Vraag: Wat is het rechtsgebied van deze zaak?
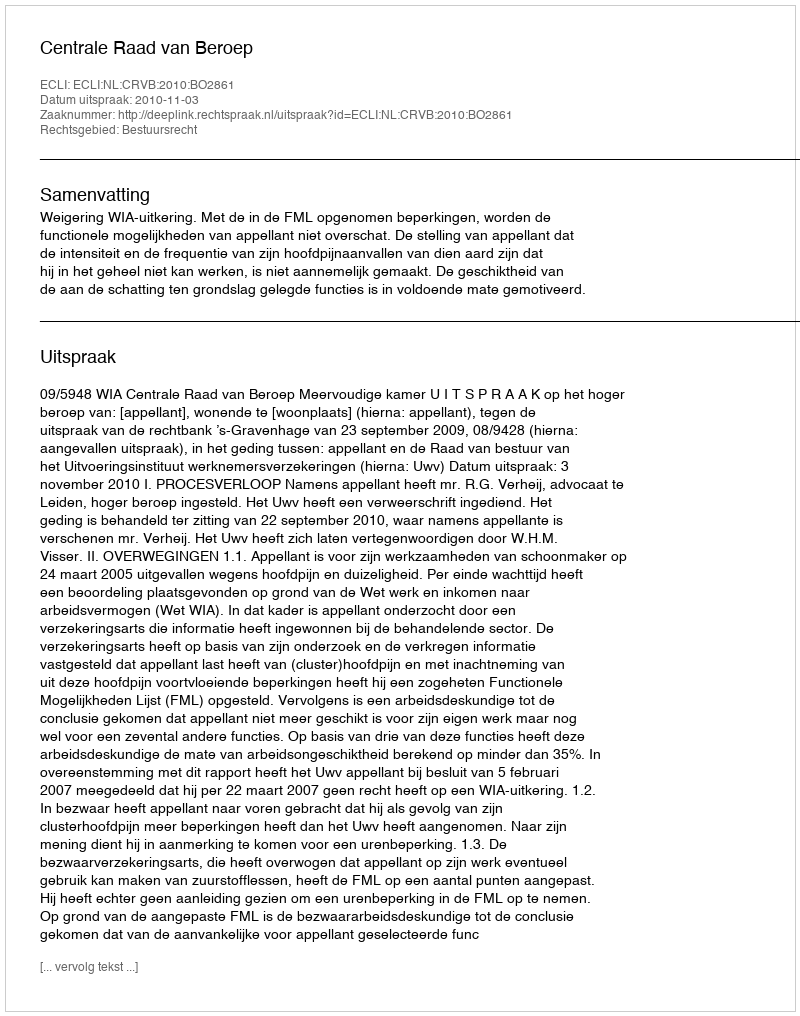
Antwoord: Bestuursrecht